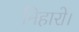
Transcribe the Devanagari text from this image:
निहारो।